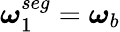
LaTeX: \boldsymbol{\omega}_{1}^{seg}=\boldsymbol{\omega}_{b}